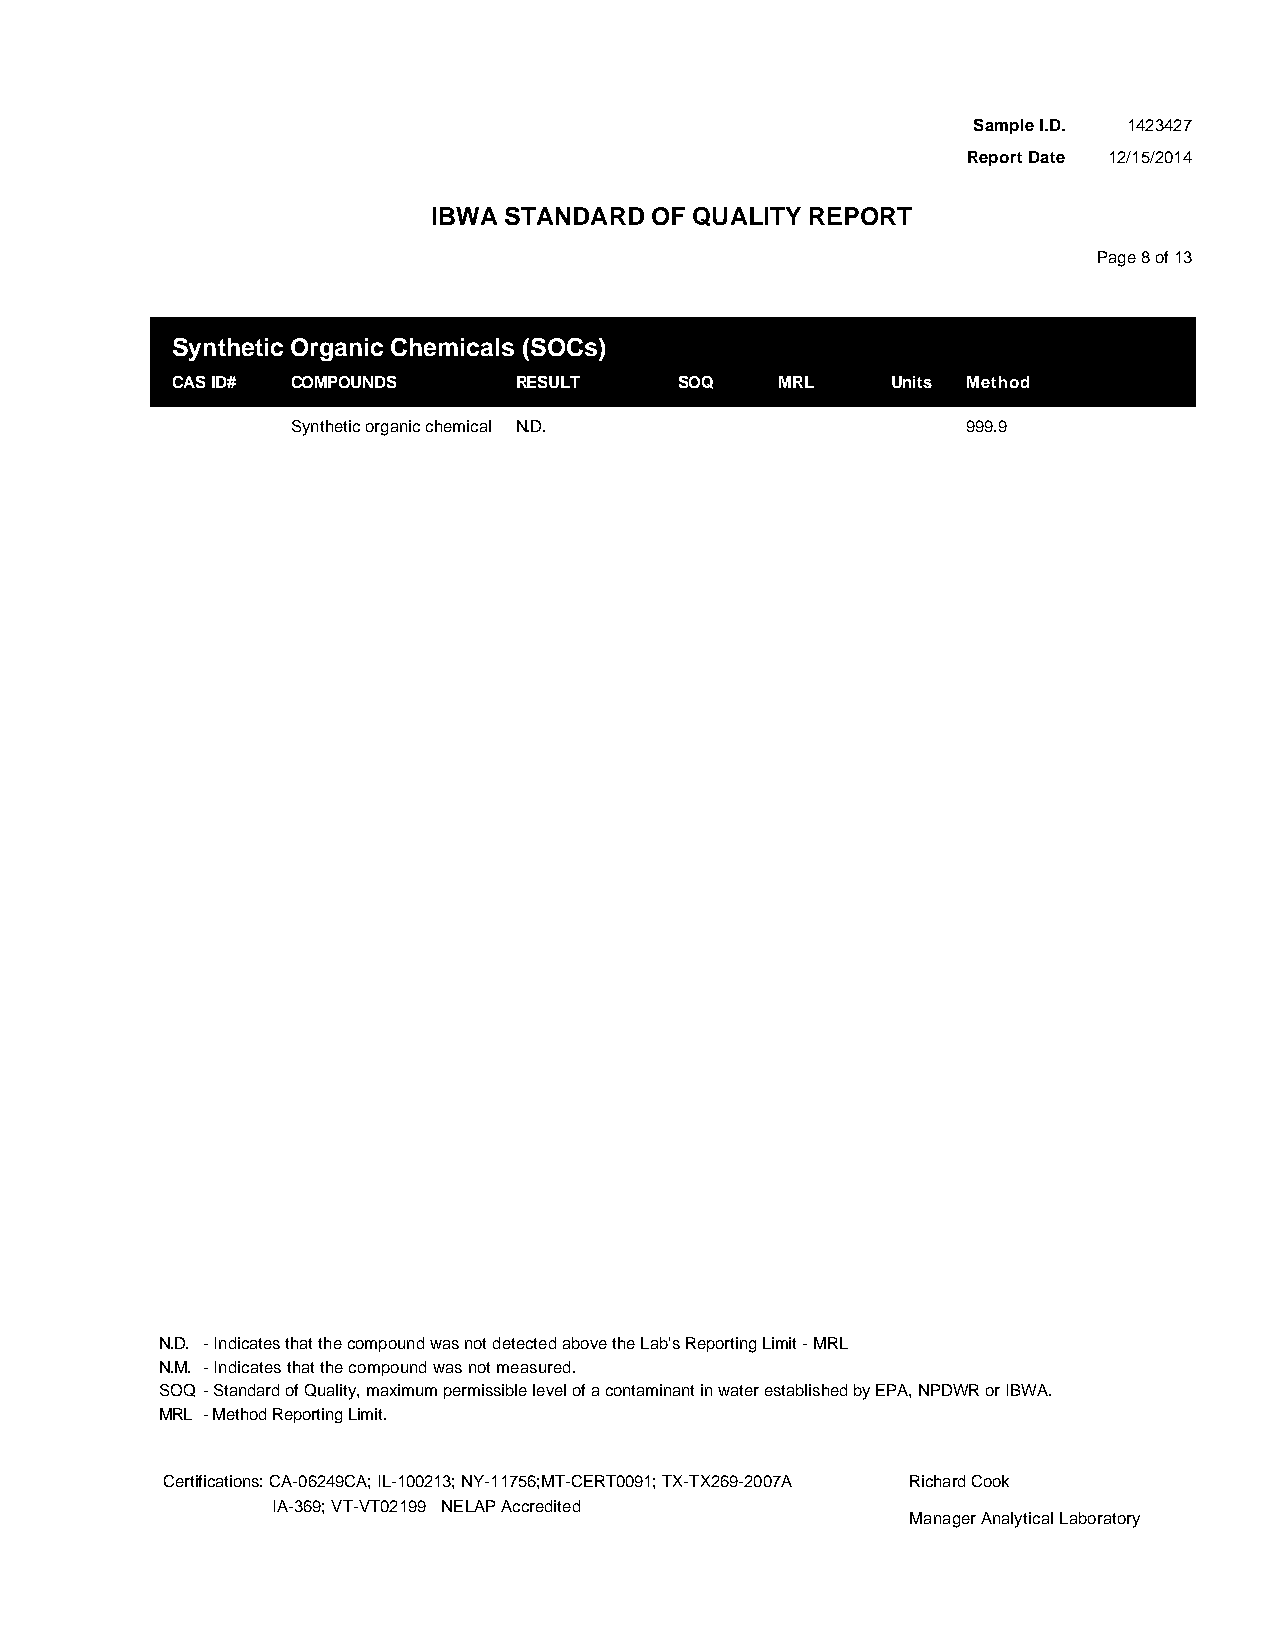
Sample I.D. 1423427
 Report Date 12/15/2014
 IBWA STANDARD OF QUALITY REPORT
 Page 8 of 13
 Synthetic Organic Chemicals (SOCs)
 CAS ID# COMPOUNDS      RESULT     SOQ    MRL    Units Method
 Synthetic organic chemical N.D.              999.9
 N.D. - Indicates that the compound was not detected above the Lab's Reporting Limit - MRL
 N.M. - Indicates that the compound was not measured.
 SOQ - Standard of Quality, maximum permissible level of a contaminant in water established by EPA, NPDWR or IBWA.
 MRL - Method Reporting Limit.
 Certifications: CA-06249CA; IL-100213; NY-11756;MT-CERT0091; TX-TX269-2007A Richard Cook
 IA-369; VT-VT02199 NELAP Accredited
 Manager Analytical Laboratory